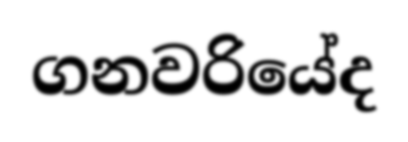
ගනවරියේද